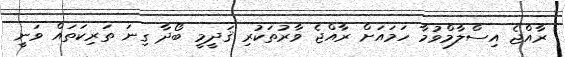
ރާއްޖެ އިސްލާމްވުމާ ހަމައަށް ރާއްޖެ ވާރުތަކުރި ޤަދީމީ ބޯދާ ގިނަ ތަރިކަތައް ވަނީ